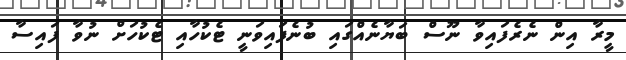
މީރާ އިން ނެރެފައިވާ ނޫސް ބަޔާނެއްގައި ބުނެފައިވަނީ ޓެކުހާއި ޓެކުހަށް ނުވާ ފައިސާ